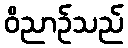
ဝိညာဉ်သည်